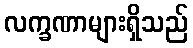
လက္ခဏာများရှိသည်